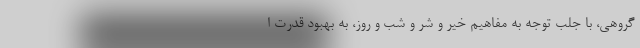
گروهی، با جلب توجه به مفاهیم خیر و شر و شب و روز، به بهبود قدرت ا